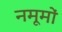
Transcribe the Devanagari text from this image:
नमूमों